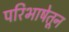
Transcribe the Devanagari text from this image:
परिभाषेतून